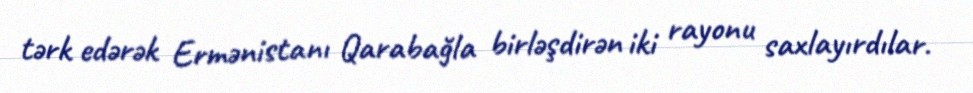
tərk edərək Ermənistanı Qarabağla birləşdirən iki rayonu saxlayırdılar.